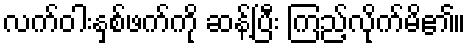
လက်ဝါးနှစ်ဖက်ကို ဆန့်ပြီး ကြည့်လိုက်မိ၏။